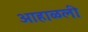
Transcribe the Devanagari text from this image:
आहाळली